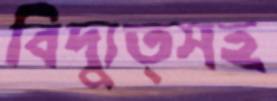
বিদ্যুত্সহ